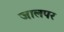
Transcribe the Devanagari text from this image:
जालपर